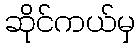
ဆိုင်ကယ်မှ